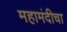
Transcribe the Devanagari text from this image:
महामंदीचा